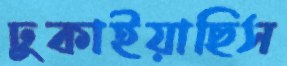
ঢুকাইয়াছিস